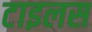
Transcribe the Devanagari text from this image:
टाइलस